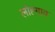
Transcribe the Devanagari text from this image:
लोह्गाव